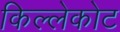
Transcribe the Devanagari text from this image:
किल्लेकोट